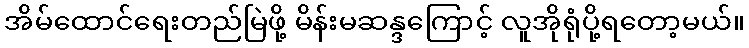
အိမ်ထောင်ရေးတည်မြဲဖို့ မိန်းမဆန္ဒကြောင့် လူအိုရုံပို့ရတော့မယ်။